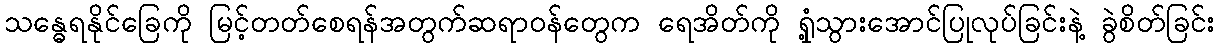
သန္ဓေရနိုင်ခြေကို မြင့်တတ်စေရန်အတွက်ဆရာဝန်တွေက ရေအိတ်ကို ရှုံ့သွားအောင်ပြုလုပ်ခြင်းနဲ့ ခွဲစိတ်ခြင်း